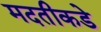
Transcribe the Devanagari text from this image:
मदतीकडे